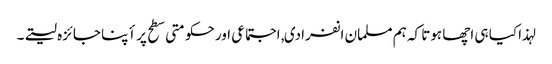
لہذا کیا ہی اچھا ہوتا کہ ہم مسلمان انفرادی, اجتماعی اور حکومتی سطح پر أپنا جائزہ لیتے۔